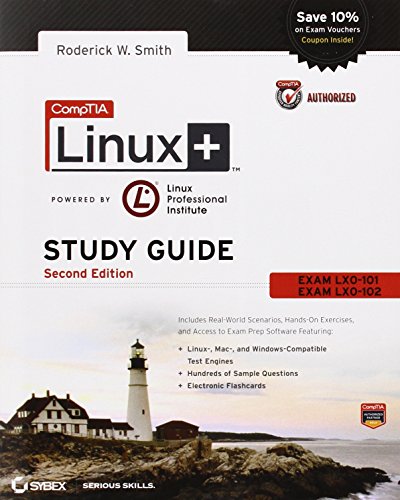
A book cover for CompTIA Linux+ Study Guide: Exams LX0-101 and LX0-102; Roderick W. Smith; Computers & Technology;